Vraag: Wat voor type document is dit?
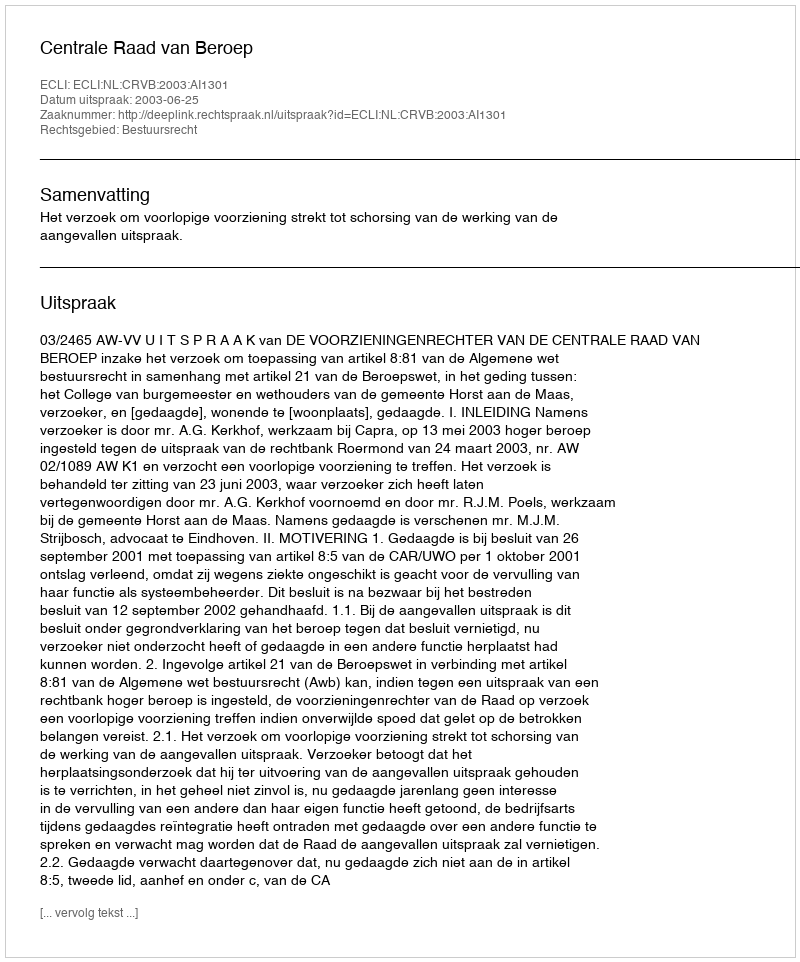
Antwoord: Uitspraak